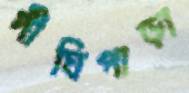
দীঘিপাড়া